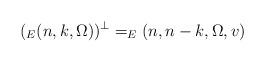
LaTeX: \begin{align*} (_E(n,k,\Omega))^\bot=_E(n,n-k,\Omega,v) \end{align*}